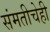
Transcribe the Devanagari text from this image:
संमतीचेही